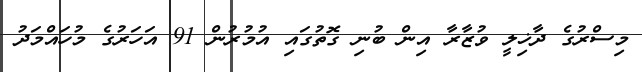
މިސްރުގެ ދާޚިލީ ވުޒާރާ އިން ބުނި ގޮތުގައި އުމުރުން 91 އަހަރުގެ މުހައްމަދު